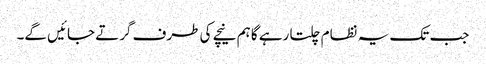
جب تک یہ نظام چلتا رہے گا ہم نیچے کی طرف گرتے جائیں گے۔